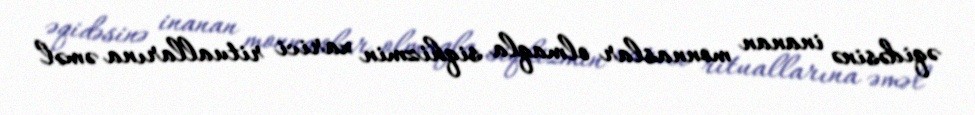
əqidəsinə inanan monnaslar olmaqla siqhizmin xarici rituallarına əməl